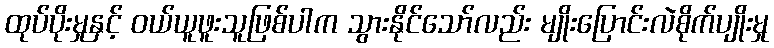
ထုပ်ပိုးမှုနှင့် ဝယ်ယူဖူးသူဖြစ်ပါက သွားနိုင်သော်လည်း မျိုးပြောင်းလဲစိုက်ပျိုးမှု